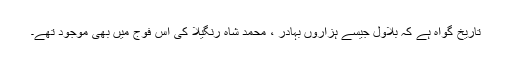
تاریخ گواہ ہے کہ بلاول جیسے ہزاروں بہادر ، محمد شاہ رنگیلا کی اس فوج میں بھی موجود تھے۔